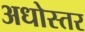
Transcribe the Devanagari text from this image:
अधोस्तर